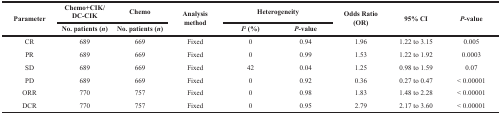
<table><thead><tr><td rowspan="2"><b>Parameter</b></td><td><b>Chemo+CIK/DC-CIK</b></td><td><b>Chemo</b></td><td rowspan="2"><b>Analysis method</b></td><td colspan="2"><b>Heterogeneity</b></td><td rowspan="2"><b>Odds Ratio (OR)</b></td><td rowspan="2"><b>95% CI</b></td><td rowspan="2"><b><i>P</i>-value</b></td></tr><tr><td><b>No. patients (<i>n</i>)</b></td><td><b>No. patients (<i>n</i>)</b></td><td><b><i>I</i><sup>2</sup> (%)</b></td><td><b><i>P</i>-value</b></td></tr></thead><tbody><tr><td>CR</td><td>689</td><td>669</td><td>Fixed</td><td>0</td><td>0.94</td><td>1.96</td><td>1.22 to 3.15</td><td>0.005</td></tr><tr><td>PR</td><td>689</td><td>669</td><td>Fixed</td><td>0</td><td>0.99</td><td>1.53</td><td>1.22 to 1.92</td><td>0.0003</td></tr><tr><td>SD</td><td>689</td><td>669</td><td>Fixed</td><td>42</td><td>0.04</td><td>1.25</td><td>0.98 to 1.59</td><td>0.07</td></tr><tr><td>PD</td><td>689</td><td>669</td><td>Fixed</td><td>0</td><td>0.92</td><td>0.36</td><td>0.27 to 0.47</td><td>&lt; 0.00001</td></tr><tr><td>ORR</td><td>770</td><td>757</td><td>Fixed</td><td>0</td><td>0.98</td><td>1.83</td><td>1.48 to 2.28</td><td>&lt; 0.00001</td></tr><tr><td>DCR</td><td>770</td><td>757</td><td>Fixed</td><td>0</td><td>0.95</td><td>2.79</td><td>2.17 to 3.60</td><td>&lt; 0.00001</td></tr></tbody></table>